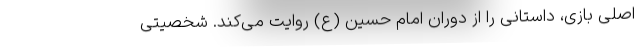
اصلی بازی، داستانی را از دوران امام حسین (ع) روایت می‌کند. شخصیتی